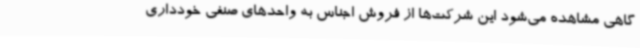
گاهی مشاهده می‌شود این شرکت‌ها از فروش اجناس به واحدهای صنفی خودداری